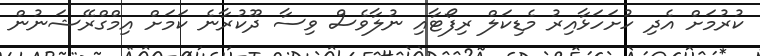
ކުރުމަށް އެދި ހުށަހަޅާއިރު މެޑިކަލް ރިފޯޓާއި ނުލާވެސް ވިސާ ދޫކުރާނެ ކަމަށް އިމްގްރޭޝަނުން